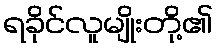
ရခိုင်လူမျိုးတို့၏